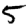
Digit: 5